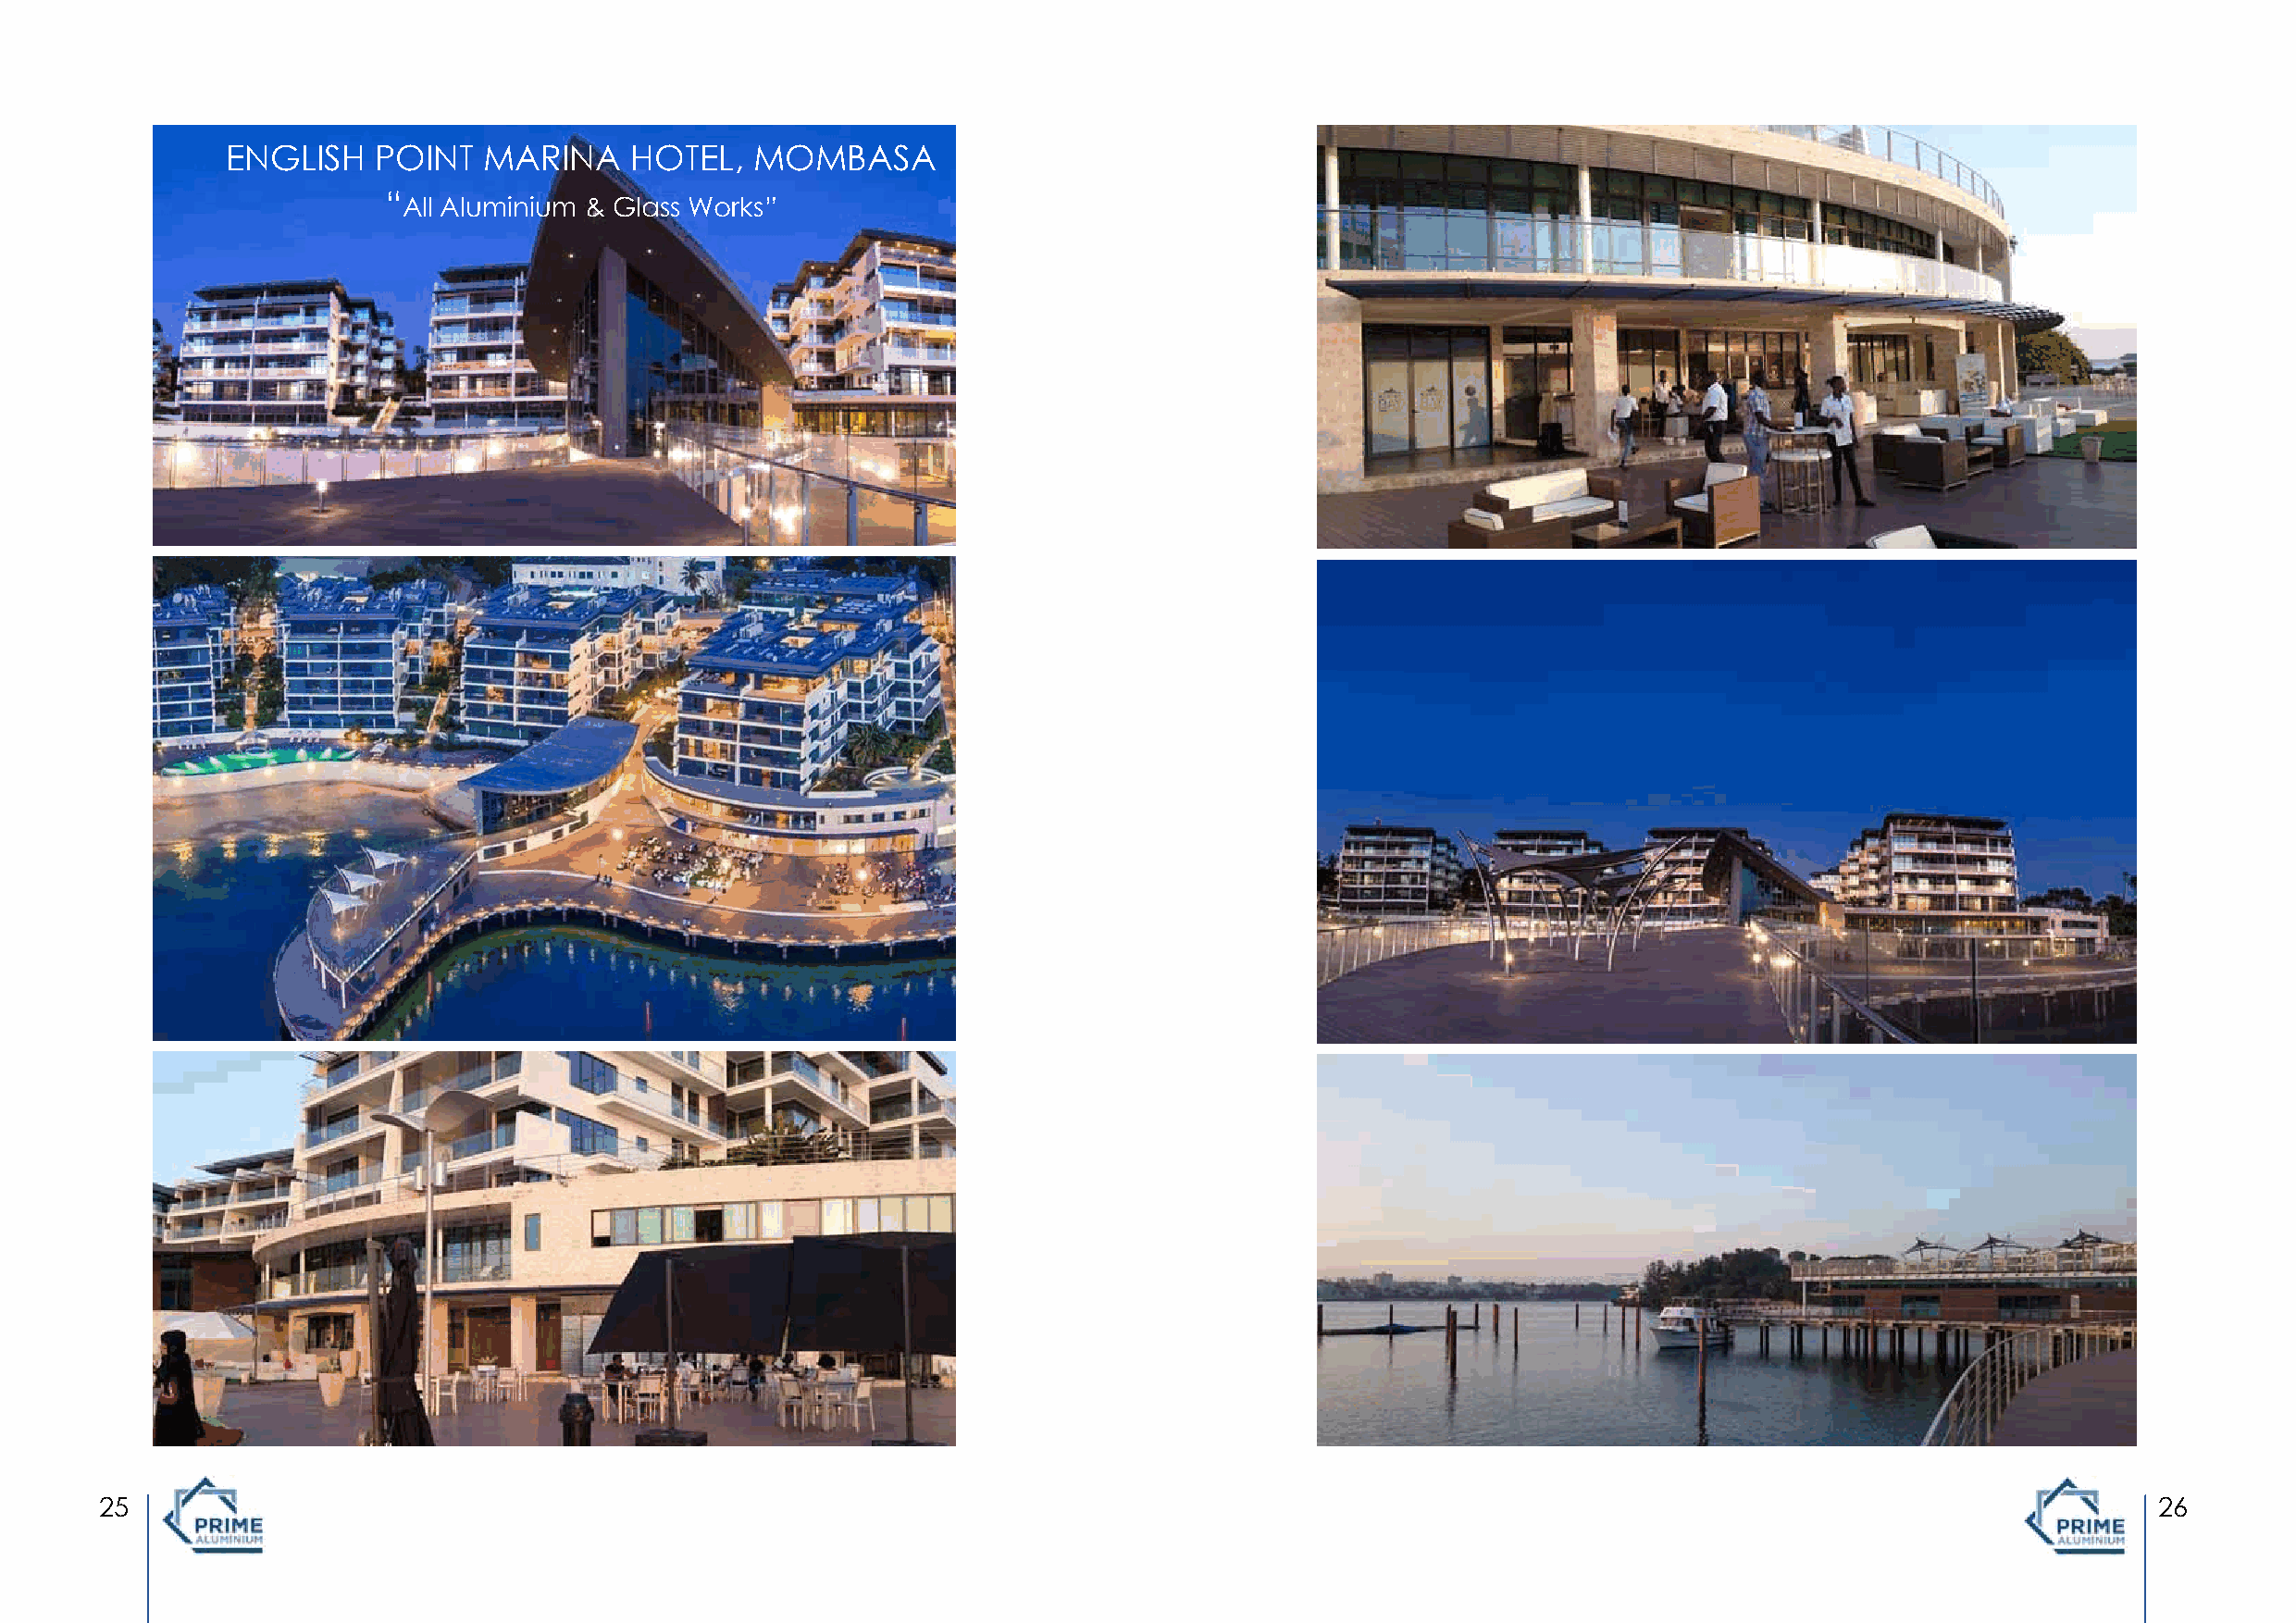
ENGLISH    POINT   MARINA    HOTEL,   MOMBASA
 “All Aluminium & Glass Works”
 25                                                                                                                                                 26